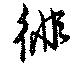
徘